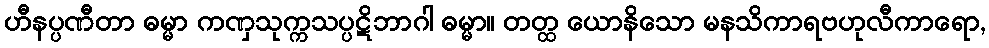
ဟီနပ္ပဏီတာ ဓမ္မာ ကဏှသုက္ကသပ္ပဋိဘာဂါ ဓမ္မာ။ တတ္ထ ယောနိသော မနသိကာရဗဟုလီကာရော,